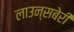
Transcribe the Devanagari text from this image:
लाउन्सबेरी